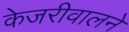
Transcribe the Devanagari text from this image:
केजरीवालने